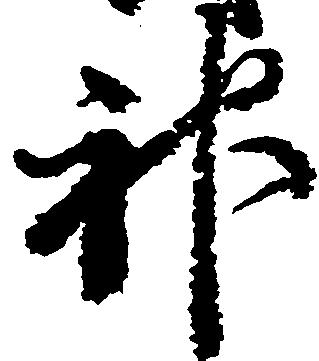
神